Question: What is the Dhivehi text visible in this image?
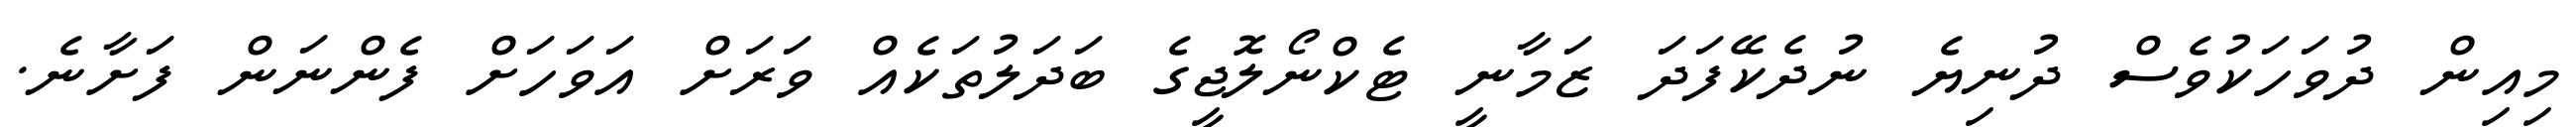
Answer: މިއިން ދުވަހަކުވެސް ދުނިޔެ ނުދެކޭފަދަ ޒަމާނީ ޓެކްނޯލޮޖީގެ ބަދަލުތަކެއް ވަރަށް އަވަހަށް ފެންނަން ފަށާނެ.